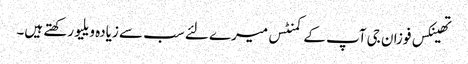
تھینکس فوزان جی آپ کے کمنٹس میرے لئے سب سے زیادہ ویلیو رکھتے ہیں۔